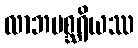
လာဘမစ္ဆရိယဿ